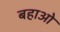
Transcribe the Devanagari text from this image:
बहाओ